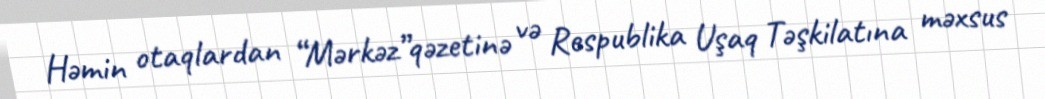
Həmin otaqlardan “Mərkəz”qəzetinə və Respublika Uşaq Təşkilatına məxsus